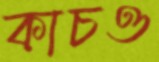
কাচও